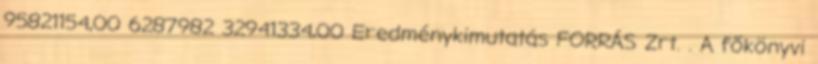
95821154,00 6287982 32941334,00 Eredménykimutatás FORRÁS Zrt. . A főkönyvi